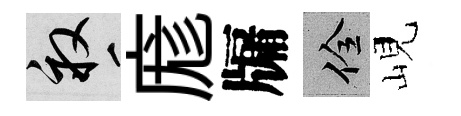
畝庬牖佺峴